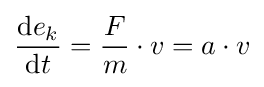
{\frac {\mathrm {d} e_{k}}{\mathrm {d} t}}={\frac {F}{m}}\cdot v=a\cdot v